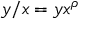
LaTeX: y / x = y x ^ { \rho }